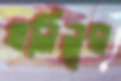
খলিলুর